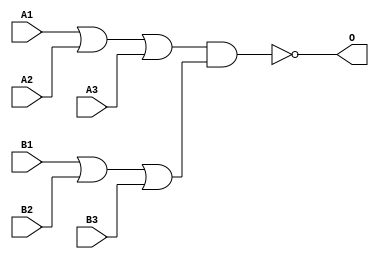
module MJG33A(A1, A2, A3, B1, B2, B3, O);
input   A1;
input   A2;
input   A3;
input   B1;
input   B2;
input   B3;
output  O;
or g0(w0, A1, A2, A3);
or g1(w4, B1, B2, B3);
nand g2(O, w0, w4);
endmodule